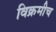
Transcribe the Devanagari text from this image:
विक्रमीच